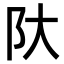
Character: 𫔺